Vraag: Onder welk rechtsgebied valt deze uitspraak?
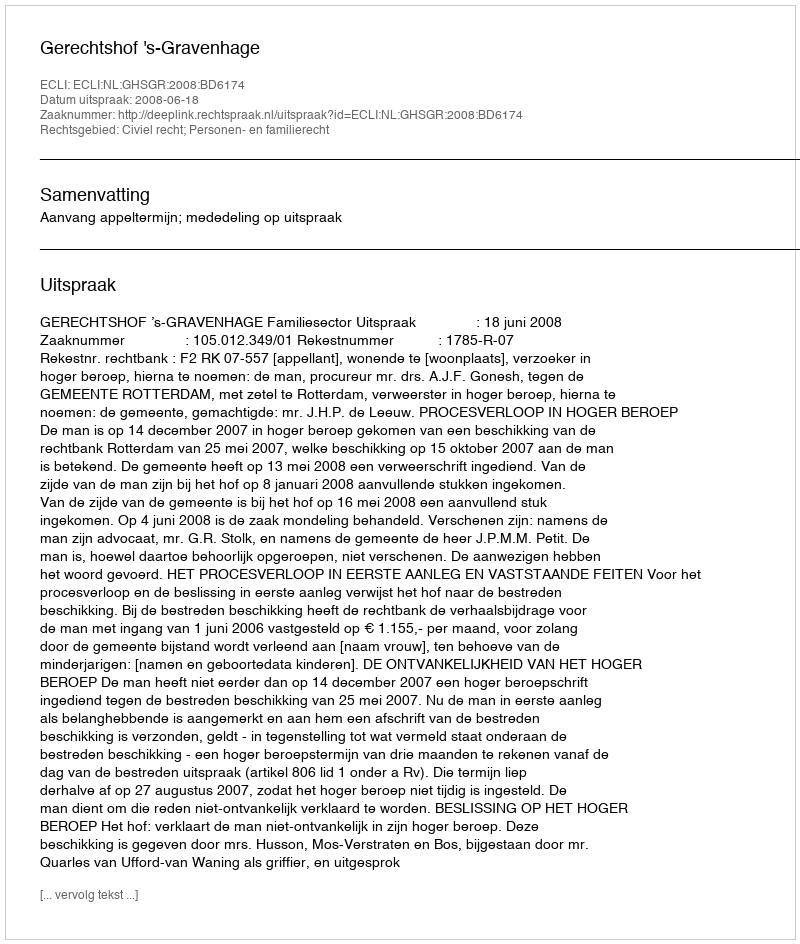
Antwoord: Civiel recht; Personen- en familierecht